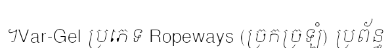
។Var-Gel ប្រភេទ Ropeways (ច្រកច្រឡំ) ប្រព័ន្ធ